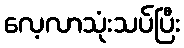
လေ့လာသုံးသပ်ပြီး